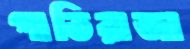
পাতিরাজা